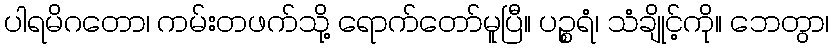
ပါရမိဂတော၊ ကမ်းတဖက်သို့ ရောက်တော်မူပြီ။ ပဉ္စရံ၊ သံချိုင့်ကို။ ဘေတွာ၊